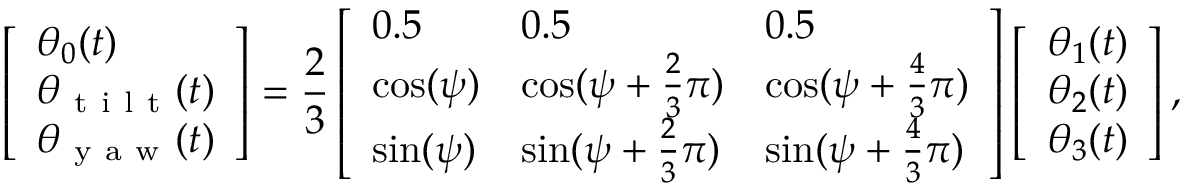
\left[ \begin{array} { l } { \theta _ { 0 } ( t ) } \\ { \theta _ { \mathrm { ~ t ~ i ~ l ~ t ~ } } ( t ) } \\ { \theta _ { \mathrm { ~ y ~ a ~ w ~ } } ( t ) } \end{array} \right] = \frac { 2 } { 3 } \left[ \begin{array} { l l l } { 0 . 5 } & { 0 . 5 } & { 0 . 5 } \\ { \cos ( \psi ) } & { \cos ( \psi + \frac { 2 } { 3 } \pi ) } & { \cos ( \psi + \frac { 4 } { 3 } \pi ) } \\ { \sin ( \psi ) } & { \sin ( \psi + \frac { 2 } { 3 } \pi ) } & { \sin ( \psi + \frac { 4 } { 3 } \pi ) } \end{array} \right] \left[ \begin{array} { l } { \theta _ { 1 } ( t ) } \\ { \theta _ { 2 } ( t ) } \\ { \theta _ { 3 } ( t ) } \end{array} \right] ,